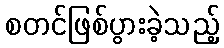
စတင်ဖြစ်ပွားခဲ့သည့်